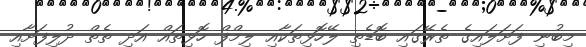
މިބުނި ފަށަލައިގެ ތެރޭގައި ބޮޑެތި ލޭހޮޅިތަކާއި ލިމްފް ހޮޅިތައް އަދި ތެތް ދުލިފަށާއި